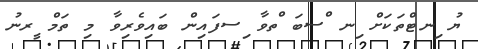
ޔު ިނޓްތަކަށް ިނ ްސބަ ްތވާ ިސފައިން ބައިވެރިވާ މި ތަމް ީރނު